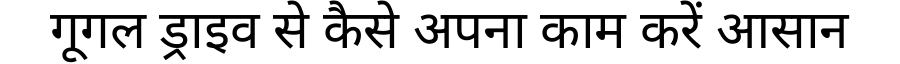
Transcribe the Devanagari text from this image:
गूगल ड्राइव से कैसे अपना काम करें आसान